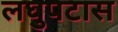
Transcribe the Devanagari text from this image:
लघुपटास